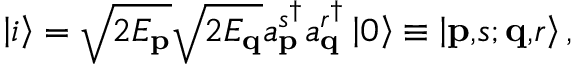
\left\vert i \right\rangle = \sqrt { 2 E _ { \mathbf { p } } } \sqrt { 2 E _ { \mathbf { q } } } a _ { \mathbf { p } } ^ { s ^ { \dagger } } a _ { \mathbf { q } } ^ { r ^ { \dagger } } \left\vert 0 \right\rangle \equiv \left\vert \mathbf { p , } s \mathbf { ; q , } r \right\rangle ,